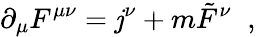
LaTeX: \partial_{\mu}F^{\mu\nu}=\mathit{j}^{\nu}+m\tilde{{F}}^{\nu}\; \; ,